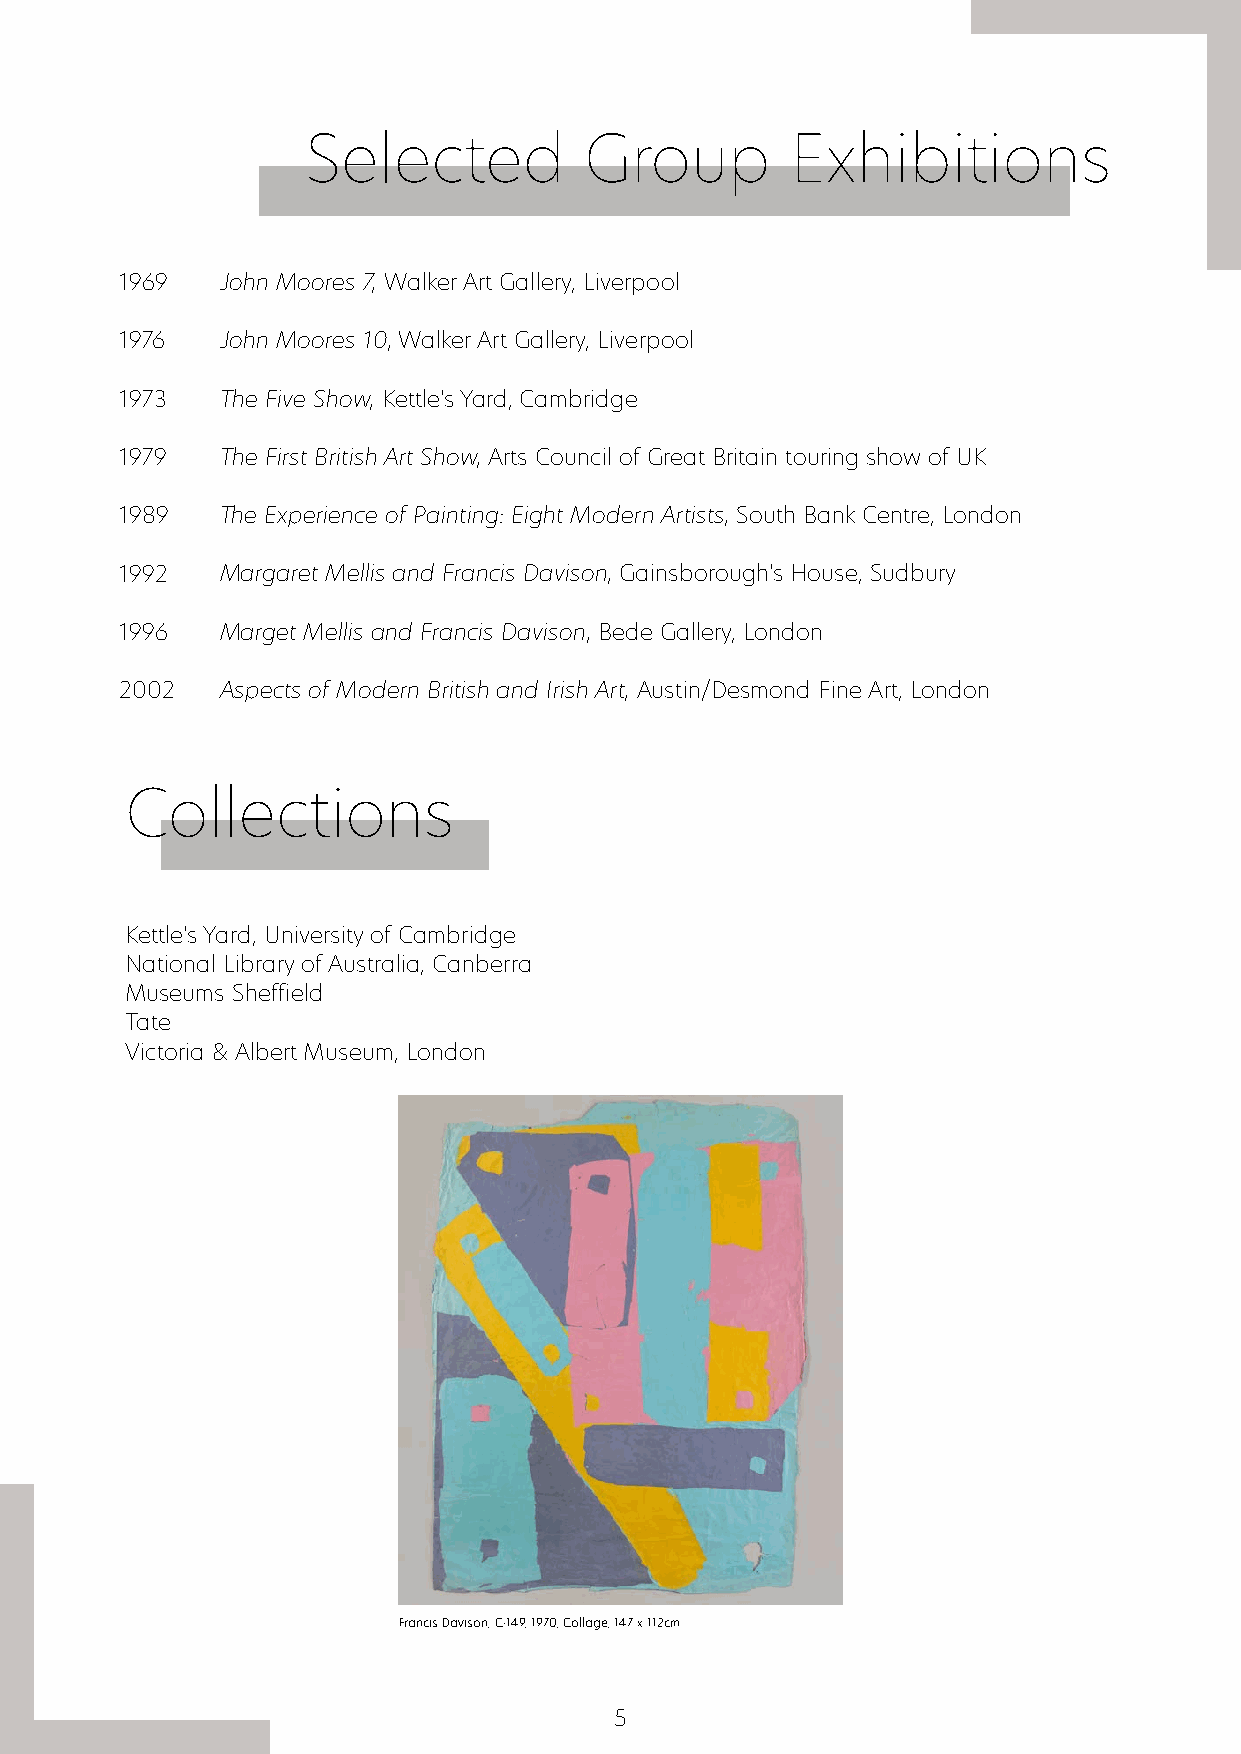
Selected           Group        Exhibitions
 1969   John Moores 7, Walker Art Gallery, Liverpool
 1976   John Moores 10, Walker Art Gallery, Liverpool
 1973   The Five Show, Kettle’s Yard, Cambridge
 1979   The First British Art Show, Arts Council of Great Britain touring show of UK
 1989   The Experience of Painting: Eight Modern Artists, South Bank Centre, London
 1992   Margaret Mellis and Francis Davison, Gainsborough’s House, Sudbury
 1996   Marget Mellis and Francis Davison, Bede Gallery, London
 2002   Aspects of Modern British and Irish Art, Austin/Desmond Fine Art, London
 Collections
 Kettle’s Yard, University of Cambridge
 National Library of Australia, Canberra
 Museums Sheffield
 Tate
 Victoria & Albert Museum, London
 Francis Davison, C-149, 1970, Collage, 147 x 112cm
 5